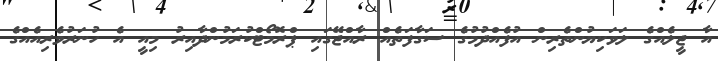
އާ ޖީލެއްގެ ލަވަކިޔުންތެރިން އުފެއްދުމުގެ ސަގާފަތެއް ރާއްޖޭގައި ޕްރޮމޯޓްކުރަމުންދާއިރު މިއީ އެ ހުނަރުވެރިއެއްގެ